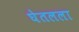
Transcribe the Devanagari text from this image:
घेतलला